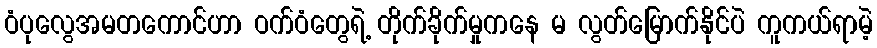
ဝံပုလွေအမတကောင်ဟာ ဝက်ဝံတွေရဲ့ တိုက်ခိုက်မှုကနေ မ လွတ်မြောက်နိုင်ပဲ ကူကယ်ရာမဲ့